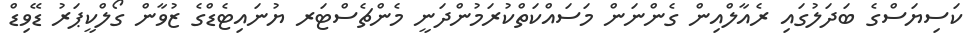
ކަސިޔަސްގެ ބަދަލުގައި ރެއާލްއިން ގެންނަން މަސައްކަތްކުރަމުންދަނީ މެންޗެސްޓަރ ޔުނައިޓެޑްގެ ޒުވާން ގޯލްކީޕަރު ޑޭވިޑް